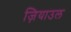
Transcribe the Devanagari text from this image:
ज़ियाउल